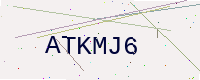
Text: ATKMJ6